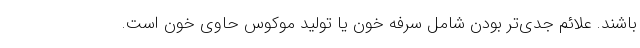
باشند. علائم جدی‌تر بودن شامل سرفه خون یا تولید موکوس حاوی خون است.